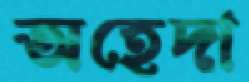
অহেদা